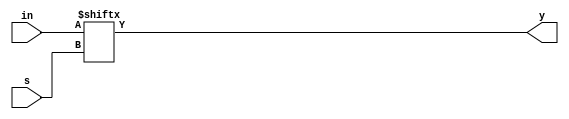
module mux2(in,s,y);
input [1:0]in;
input s;
output y;
assign y=in[s];
endmodule

module mux4(in,s,y);
input [3:0]in;
input [1:0]s;
output y;
wire [1:0]t;
mux2 m1(in[1:0],s[0],t[0]);
mux2 m2(in[3:2],s[0],t[1]);
mux2 m3(t,s[1],y);
endmodule